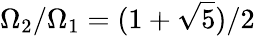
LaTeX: \Omega_{2}/\Omega_{1}=(1+\sqrt{5})/2